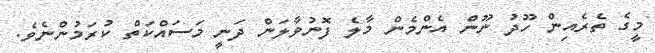
މީގެ ތެރެއިން ހޫދު ނޫން އެންމެން މާލެ ފޮނުވާލަން ދަނީ މަސައްކަތް ކުރަމުންނެވެ.